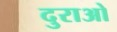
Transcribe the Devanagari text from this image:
दुराओ